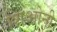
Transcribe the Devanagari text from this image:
शिओनी